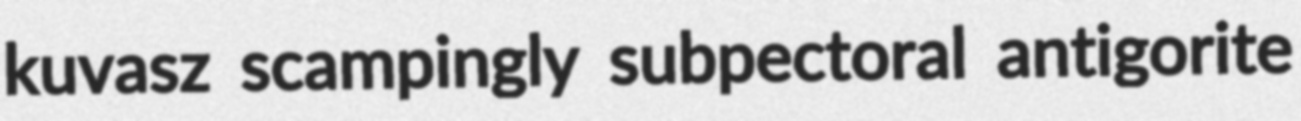
kuvasz scampingly subpectoral antigorite